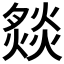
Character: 𤎢